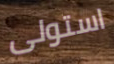
استولى